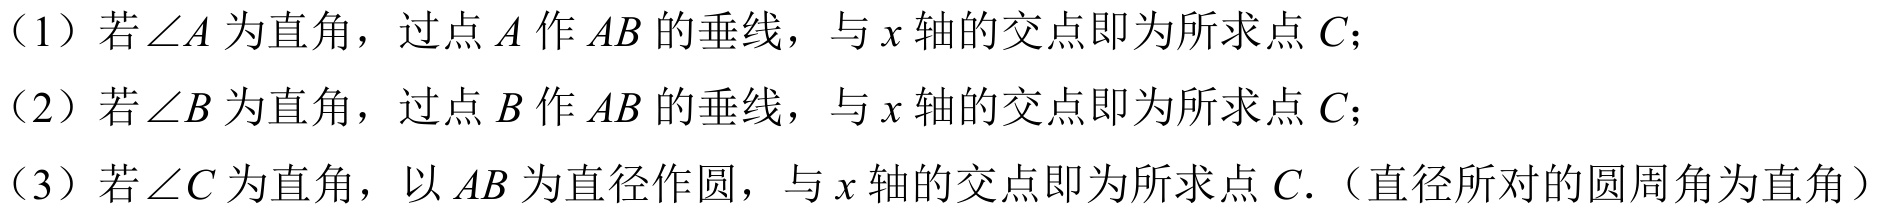
（1）若\(\angle A\)为直角，过点\(A\)作\(AB\)的垂线，与\(x\)轴的交点即为所求点\(C\)；
（2）若\(\angle B\)为直角，过点\(B\)作\(AB\)的垂线，与\(x\)轴的交点即为所求点\(C\)；
（3）若\(\angle C\)为直角，以\(AB\)为直径作圆，与\(x\)轴的交点即为所求点\(C\).（直径所对的圆周角为直角）